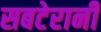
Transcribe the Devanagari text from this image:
सबटेरानी